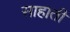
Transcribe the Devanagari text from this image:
साहाती